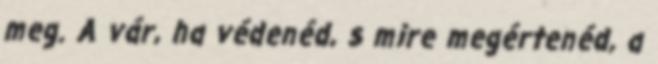
meg. A vár, ha védenéd, s mire megértenéd, a